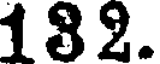
182.